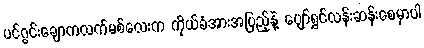
ပင်ဂွင်းချောကလက်မစ်လေးက ကိုယ်ခံအားအပြည့်နဲ့ ပျော်ရွှင်လန်းဆန်းစေမှာပါ